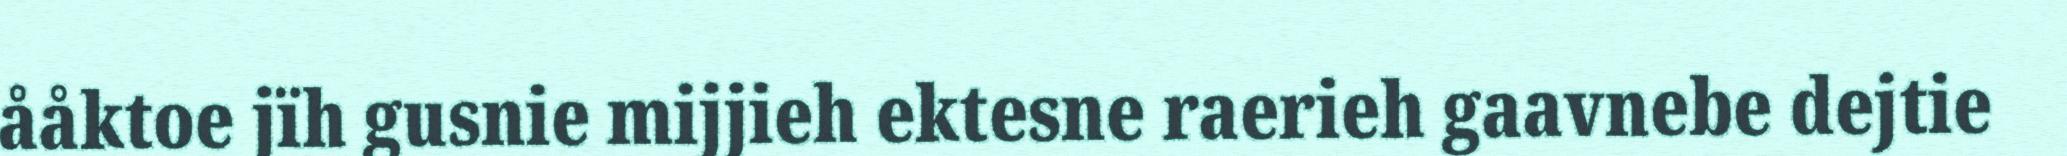
ååktoe jïh gusnie mijjieh ektesne raerieh gaavnebe dejtie